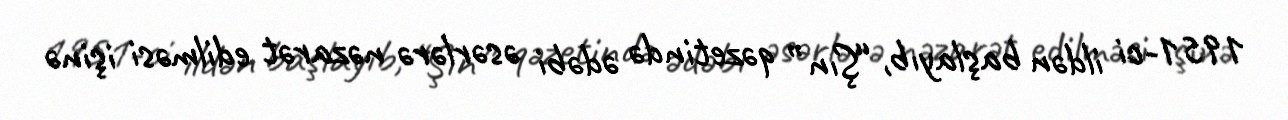
1951-ci ildən başlayıb, “Şın” qəzetində ədəbi əsərlərə nəzarət edilməsi işinə